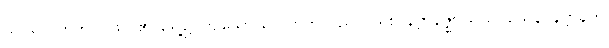
ဖလဂေါတြဘုပိ၊ ဖိုလ်၏ ရှေ့၌ ကျသော ဂေါတြဘူသည်လည်း။ နိဗ္ဗာနဇ္ဈာသယဝသေန၊ နိဗ္ဗာန်ကို